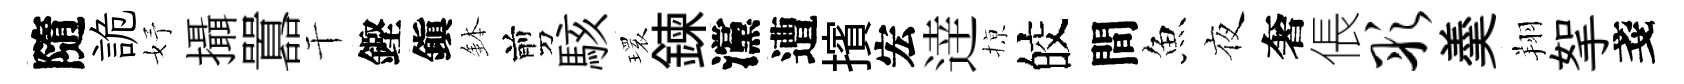
隨詭妤攝囂干鏗鎭鉢剪駭𤨔鍊灙遭擯宏逹𢱊皎間魚夜奢倀彤羮翔挐戔